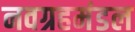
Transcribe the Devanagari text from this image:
नवग्रहमंडल